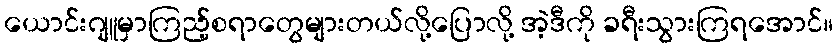
ယောင်းဂျူမှာကြည့်စရာတွေများတယ်လို့ပြောလို့ အဲ့ဒီကို ခရီးသွားကြရအောင်။